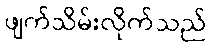
ဖျက်သိမ်းလိုက်သည်